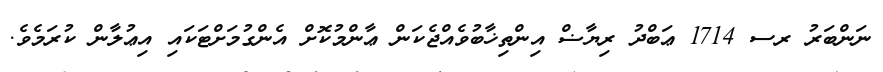
ނަންބަރު ރސ 1714 ޢަބްދު ރިޔާޟް އިންތިޚާބުވެއްޖެކަން ޢާންމުކޮށް އެންގުމަށްޓަކައި އިޢުލާން ކުރަމެވެ.